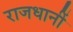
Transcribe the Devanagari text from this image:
राजधानीं